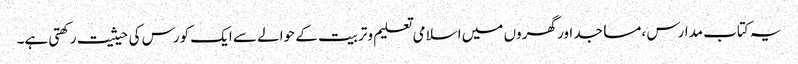
یہ کتاب مدارس ،مساجد اور گھروں میں اسلامی تعلیم وتربیت کے حوالے سے ایک کورس کی حیثیت رکھتی ہے۔